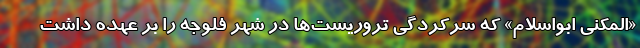
«المکنی ابواسلام» که سرکردگی تروریست‌ها در شهر فلوجه را بر عهده داشت